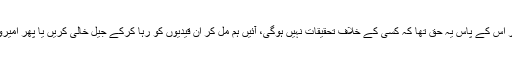
انہوں نے کہا کہ 'پارلیمنٹ بالا دست تھی اور اس کے پاس یہ حق تھا کہ کسی کے خلاف تحقیقات نہیں ہوگی، آئیں ہم مل کر ان قیدیوں کو رہا کرکے جیل خالی کریں یا پھر امیروں اور غریبوں کے لیے علیحدہ قانون بنائیں'۔